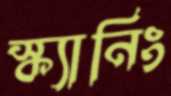
স্ক্যানিং